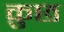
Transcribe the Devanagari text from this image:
क़ुछ